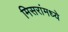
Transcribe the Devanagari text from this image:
मिसरांमध्ये